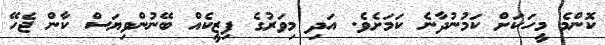
ކޮންމެ މީހަކަށް ކަމުނުދާނެ ކަމަށެވެ. އަދި މިވަރުގެ ފިޒީކެއް ބޭނުންވިޔަސް ކާން ޖެހޭ